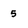
Character: 5